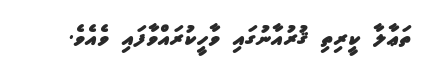
ތަޢާލާ ކީރިތި ޤުރުއާނުގައި ވާހީކުރައްވާފައި ވެއެވެ.